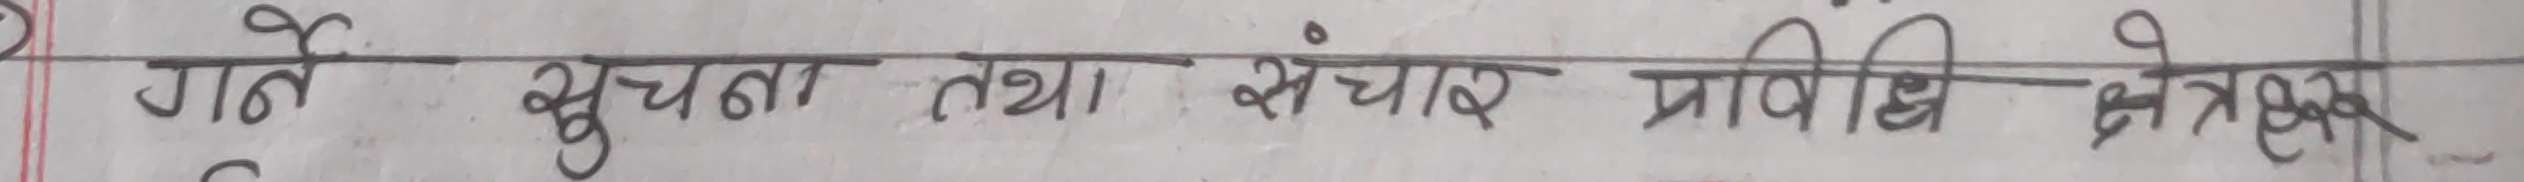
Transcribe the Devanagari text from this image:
गते सूचना तथा संचार प्राविधि क्षेत्रहरु